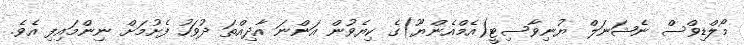
މޯލްޑިވްސް ނެޝަނަލް ޔުނިވާސިޓީ(އެމްއެންޔޫ)ގެ ކިޔެވުން އަންނަ އާދިއްތަ ދުވަހު ފެށުމަށް ނިންމައިފި އެވެ.